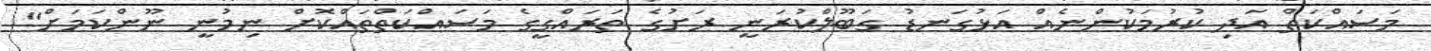
މަސައްކަތް އަދި ކުރުމަކުންނެއް އަޅުގަނޑު ގަބޫލްކުރަނީ ރަށުގެ ތަރައްގީގެ މަސައްކަތްތައްކޮށް ނިމުނީ ނޫންކަމަށް"